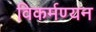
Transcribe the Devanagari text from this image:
विकर्मण्यन